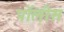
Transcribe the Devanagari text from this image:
पॉलीस